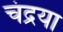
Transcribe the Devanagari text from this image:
चंद्रया